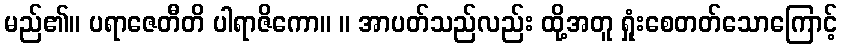
မည်၏။ ပရာဇေတီတိ ပါရာဇိကော။ ။ အာပတ်သည်လည်း ထို့အတူ ရှုံးစေတတ်သောကြောင့်